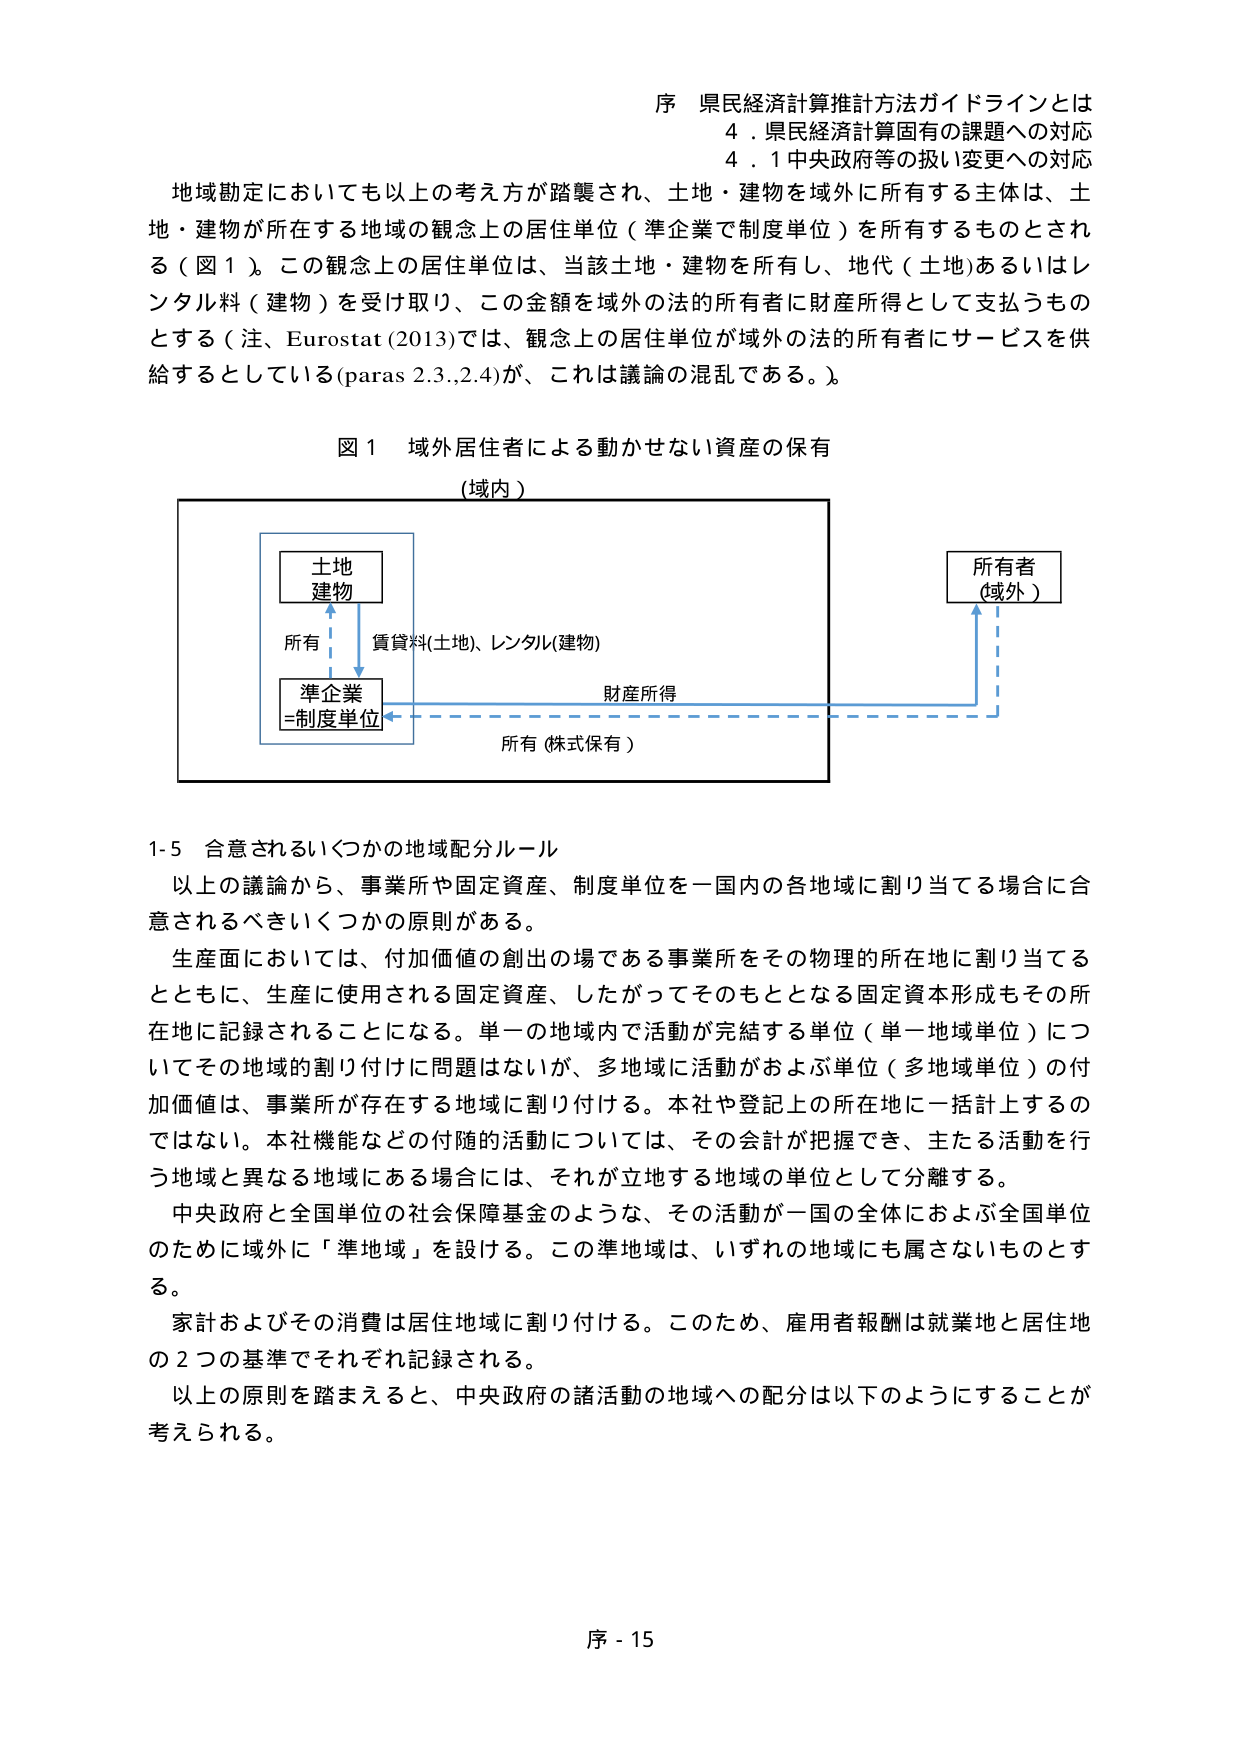
序 県民経済計算推計方法ガイドラインとは
4．県民経済計算固有の課題への対応
4．1 中央政府等の扱い変更への対応

地域勘定においても以上の考え方が踏襲され、土地・建物を域外に所有する主体は、土地・建物が所在する地域の観念上の居住単位（準企業で制度単位）を所有するものとされる（図1）。この観念上の居住単位は、当該土地・建物を所有し、地代（土地）あるいはレンタル料（建物）を受け取り、この金額を域外の法的所有者に財産所得として支払うものとする（注、Eurostat (2013)では、観念上の居住単位が域外の法的所有者にサービスを供給するとしている(paras 2.3,2.4)が、これは議論の混乱である。）。

図1 域外居住者による動かせない資産の保有
（域内）

土地
建物

所有
↓
準企業
＝制度単位

賃貸料(土地)、レンタル(建物)
→ 財産所得
← 所有（株式保有）

所有者
（域外）

1-5 合意されるいくつかの地域配分ルール

以上の議論から、事業所や固定資産、制度単位を一国内の各地域に割り当てる場合に合意されるべきいくつかの原則がある。

生産面においては、付加価値の創出の場である事業所をその物理的所在地に割り当てるとともに、生産に使用される固定資産、したがってそのもととなる固定資本形成もその所在地に記録されることになる。単一の地域内で活動が完結する単位（単一地域単位）についてその地域的割り付けに問題はないが、多地域に活動がおよぶ単位（多地域単位）の付加価値は、事業所が存在する地域に割り付ける。本社や登記上の所在地に一括計上するのではない。本社機能などの付随的活動については、その会計が把握でき、主たる活動を行う地域と異なる地域にある場合には、それが立地する地域の単位として分離する。

中央政府と全国単位の社会保障基金のような、その活動が一国の全体におよぶ全国単位のために域外に「準地域」を設ける。この準地域は、いずれの地域にも属さないものとする。

家計およびその消費は居住地域に割り付ける。このため、雇用者報酬は就業地と居住地の2つの基準でそれぞれ記録される。

以上の原則を踏まえると、中央政府の諸活動の地域への配分は以下のようにすることが考えられる。

序 - 15